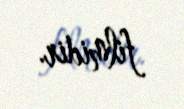
filmidir.